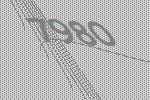
7980